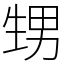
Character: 甥